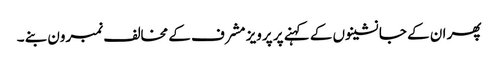
پھر ان کے جانشینوں کے کہنے پر پرویز مشرف کے مخالف نمبرون بنے ۔